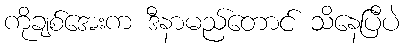
ကိုချစ်အေးက ဒီနာမည်တောင် သိနေပြီပဲ